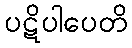
ပဋိပါပေတိ